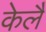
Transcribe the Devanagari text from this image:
केलै